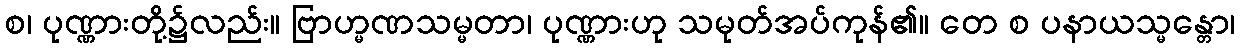
စ၊ ပုဏ္ဏားတို့၌လည်း။ ဗြာဟ္မဏသမ္မတာ၊ ပုဏ္ဏားဟု သမုတ်အပ်ကုန်၏။ တေ စ ပနာယသ္မန္တော၊